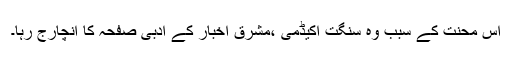
اس محنت کے سبب وہ سنگت اکیڈمی ،مشرق اخبار کے ادبی صفحہ کا انچارج رہا۔